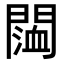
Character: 𨵨